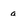
Character: a